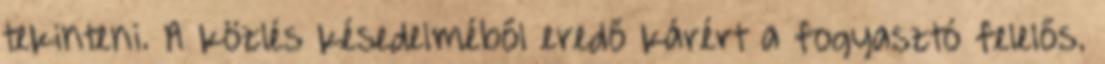
tekinteni. A közlés késedelméből eredő kárért a fogyasztó felelős.